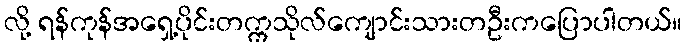
လို့ ရန်ကုန်အရှေ့ပိုင်းတက္ကသိုလ်ကျောင်းသားတဦးကပြောပါတယ်။